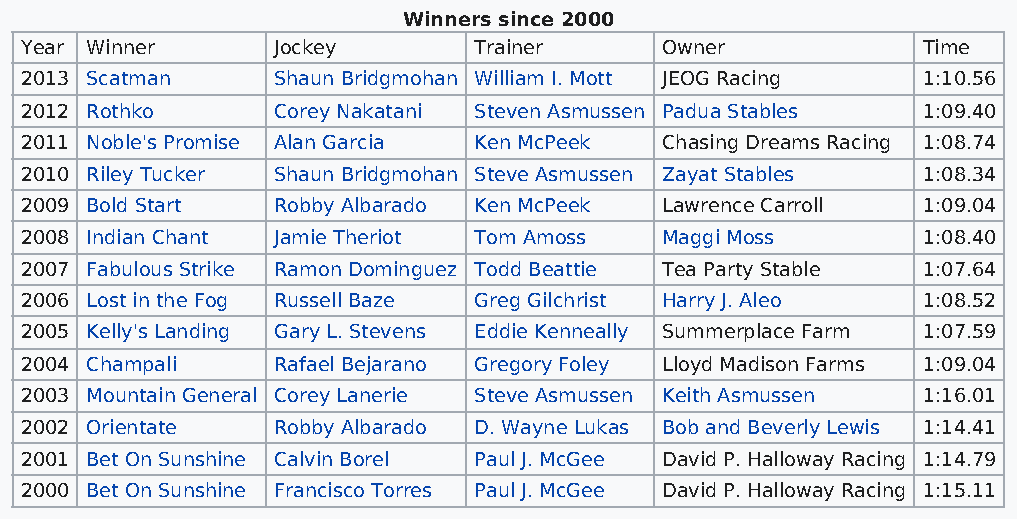
Winners since 2000
 Year Winner      Jockey       Trainer      Owner            Time
 2013 Scatman     Shaun Bridgmohan William I. Mott JEOG Racing 1:10.56
 2012 Rothko      Corey Nakatani Steven Asmussen Padua Stables 1:09.40
 2011 Noble's Promise Alan Garcia Ken McPeek Chasing Dreams Racing 1:08.74
 2010 Riley Tucker Shaun Bridgmohan Steve Asmussen Zayat Stables 1:08.34
 2009 Bold Start  Robby Albarado Ken McPeek Lawrence Carroll 1:09.04
 2008 Indian Chant Jamie Theriot Tom Amoss  Maggi Moss       1:08.40
 2007 Fabulous Strike Ramon Dominguez Todd Beattie Tea Party Stable 1:07.64
 2006 Lost in the Fog Russell Baze Greg Gilchrist Harry J. Aleo 1:08.52
 2005 Kelly's Landing Gary L. Stevens Eddie Kenneally Summerplace Farm 1:07.59
 2004 Champali    Rafael Bejarano Gregory Foley Lloyd Madison Farms 1:09.04
 2003 Mountain General Corey Lanerie Steve Asmussen Keith Asmussen 1:16.01
 2002 Orientate   Robby Albarado D. Wayne Lukas Bob and Beverly Lewis 1:14.41
 2001 Bet On Sunshine Calvin Borel Paul J. McGee David P. Halloway Racing 1:14.79
 2000 Bet On Sunshine Francisco Torres Paul J. McGee David P. Halloway Racing 1:15.11